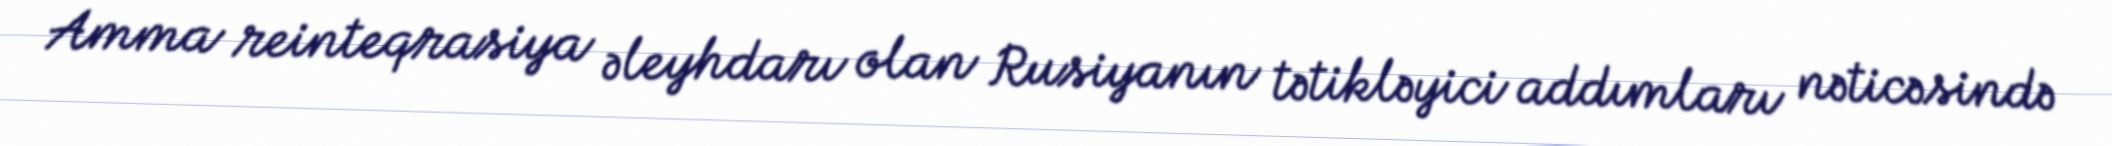
Amma reinteqrasiya əleyhdarı olan Rusiyanın tətikləyici addımları nəticəsində